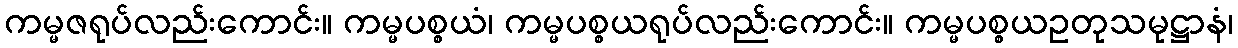
ကမ္မဇရုပ်လည်းကောင်း။ ကမ္မပစ္စယံ၊ ကမ္မပစ္စယရုပ်လည်းကောင်း။ ကမ္မပစ္စယဥတုသမုဋ္ဌာနံ၊